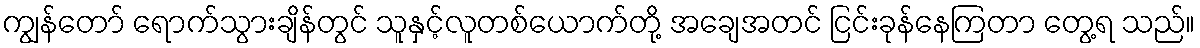
ကျွန်တော် ရောက်သွားချိန်တွင် သူနှင့်လူတစ်ယောက်တို့ အချေအတင် ငြင်းခုန်နေကြတာ တွေ့ရ သည်။